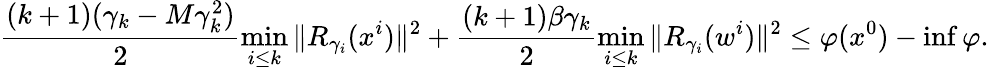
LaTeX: \frac{(k+1)(\gamma_{k}-M\gamma_{k}^{2})}{2}\operatorname*{min}_{i\le k}\| R_{\gamma_{i}}(x^{i})\| ^{2}+\frac{(k+1)\beta\gamma_{k}}{2}\operatorname*{min}_{i\le k}\| R_{\gamma_{i}}(w^{i})\| ^{2}\le\varphi(x^{0})-\operatorname*{inf}\varphi.